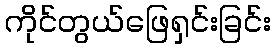
ကိုင်တွယ်ဖြေရှင်းခြင်း